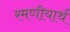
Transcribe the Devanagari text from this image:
रमणीयार्थ